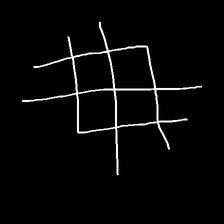
Glyph: crystal